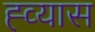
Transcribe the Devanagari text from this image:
ह्व्यास